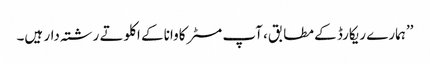
’’ہمارے ریکارڈ کے مطابق، آپ مسٹر کاوانا کے اکلوتے رشتہ دار ہیں۔